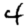
Digit: 4